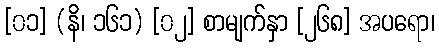
[၀၁] (နိ၊ ၁၆၁) [၀၂] စာမျက်နှာ [၂၆၈] အပရော၊